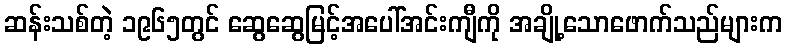
ဆန်းသစ်တဲ့ ၁၉၆၅တွင် ဆွေဆွေမြင့်အပေါ်အင်းကျီကို အချို့သောဖောက်သည်များက